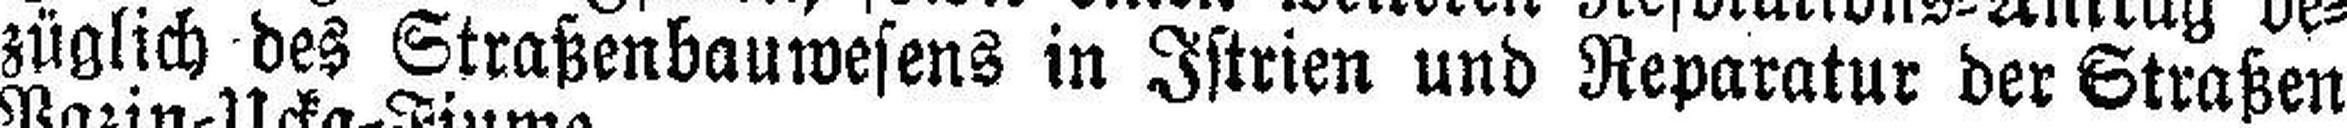
züglich des Straßenbauwesens in Istrien und Reparatur der Straßen